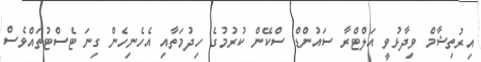
އިރުތިޝާމް ވިދާޅުވީ އަލްޓްރާ ސައުންޑް ސްކޭން ކުރުމުގެ ހިދުމަތާއި އެހެނިހެން ގިނަ ޓެސްޓުތައްވެސް